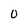
Character: 0